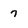
Character: 7